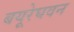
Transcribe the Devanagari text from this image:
बयूरेघवन